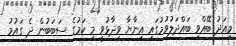
މިއަދު ބޭއްވި ބައްދަލުވުމުގައި އިނާޔާ ވިދާޅުވީ މި ކަމުގެ ސަބަބުން ދެ ގައުމު